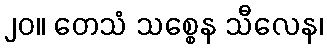
၂၀။ တေသံ သစ္စေန သီလေန၊